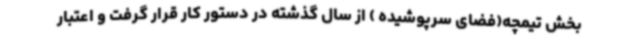
بخش تیمچه(فضای سرپوشیده ) از سال گذشته در دستور کار قرار گرفت و اعتبار